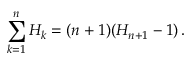
\sum _ { k = 1 } ^ { n } { H _ { k } } = ( n + 1 ) ( H _ { n + 1 } - 1 ) \, .